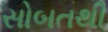
સોબતથી